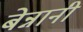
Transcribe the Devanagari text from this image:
बेन्नानी